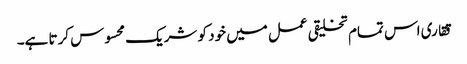
ققاری اس تمام تخلیقی عمل میں خود کو شریک محسوس کرتا ہے۔